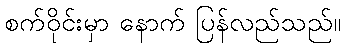
စက်ဝိုင်းမှာ နောက် ပြန်လည်သည်။